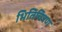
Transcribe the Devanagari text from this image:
भितिचित्रण